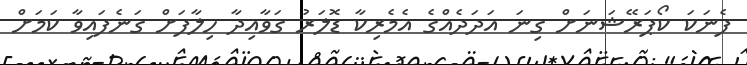
ފެނަކަ ކޯޕަރޭޝަނަށް ގިނަ އަދަދެއްގެ އެމެރިކާ ޑޮލަރު ގަވާއިދާ ހިލާފަށް ގަނެފައިވާ ކަމަށް